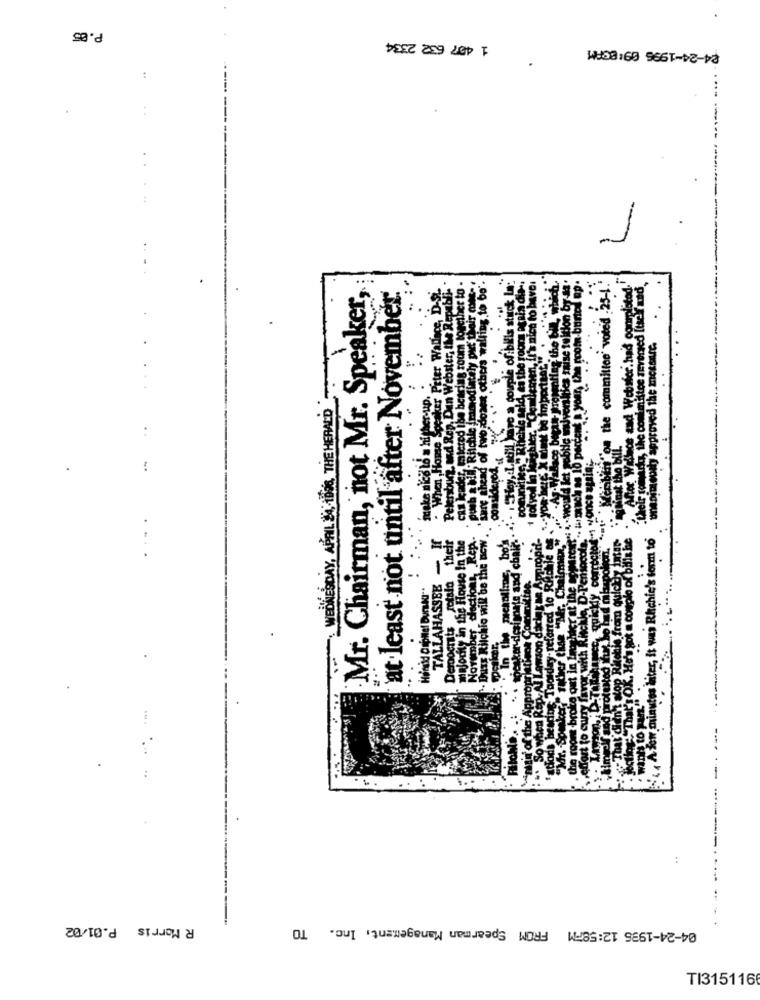
P.85
1 457 632 2334
24-24-1996 09:83PM
----
....
and Rep, Dan Webster, the Republi" .
odiately put Chair cone-
Id of two donot others walling to bo'.
of:bills stuck In:
alfag the tin, which.
your, the room buned mp.
Mr. Chairman, not Mr. Speaker,
at least not until after November
ker Peter Wallace, D.Si
u nich to have
"on the committee' voted 25-1.
taise tuition by
LA Webwer.had oopr
leoity approved the messire.
:.
WEDNESDAY, APRIL DA, ABER, THE HERALD
16 = hither-up.
...
Mered
House
make ni
Peler
TALLAHASSEE -
er
modity in the House In the
T. clections, Rep ..
+ Duas Rilchio will be the Bow
.. In the meantime, bo'
a couple of bilit be
w minutos diter, it was Richie's form to
quicky correcto
nate and chi
referred to RAE
MAE "Mr. Chalo
p.Al Lawson dacias Me
from q
Democrats
Novemb
vanta
..
R Morris P.01/02
04-24-1995 12:58PM FROM Spearman Management, Inc. TO
TI315116